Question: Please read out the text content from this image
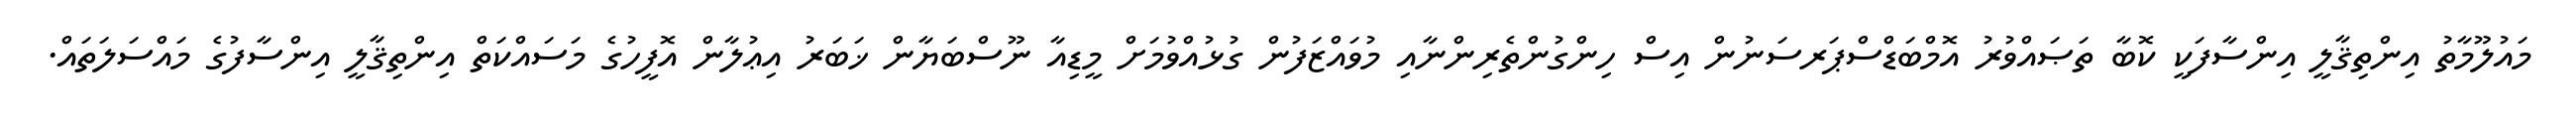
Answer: މައުލޫމާތު އިންތިޤާލީ އިންސާފަކީ ކޮބާ ތަޞައްވުރު އޮމްބަޑްސްޕަރސަނުން އިސް ހިންގުންތެރިންނާއި މުވައްޒަފުން ގުޅުއްވުމަށް މީޑިއާ ނޫސްބަޔާން ޚަބަރު އިޢުލާން އޮފީހުގެ މަސައްކަތް އިންތިޤާލީ އިންސާފުގެ މައްސަލަތައް.